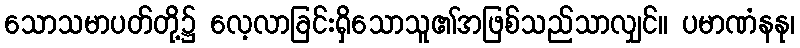
သောသမာပတ်တို့၌ လေ့လာခြင်းရှိသောသူ၏အဖြစ်သည်သာလျှင်။ ပမာဏံနနု၊